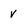
Character: V